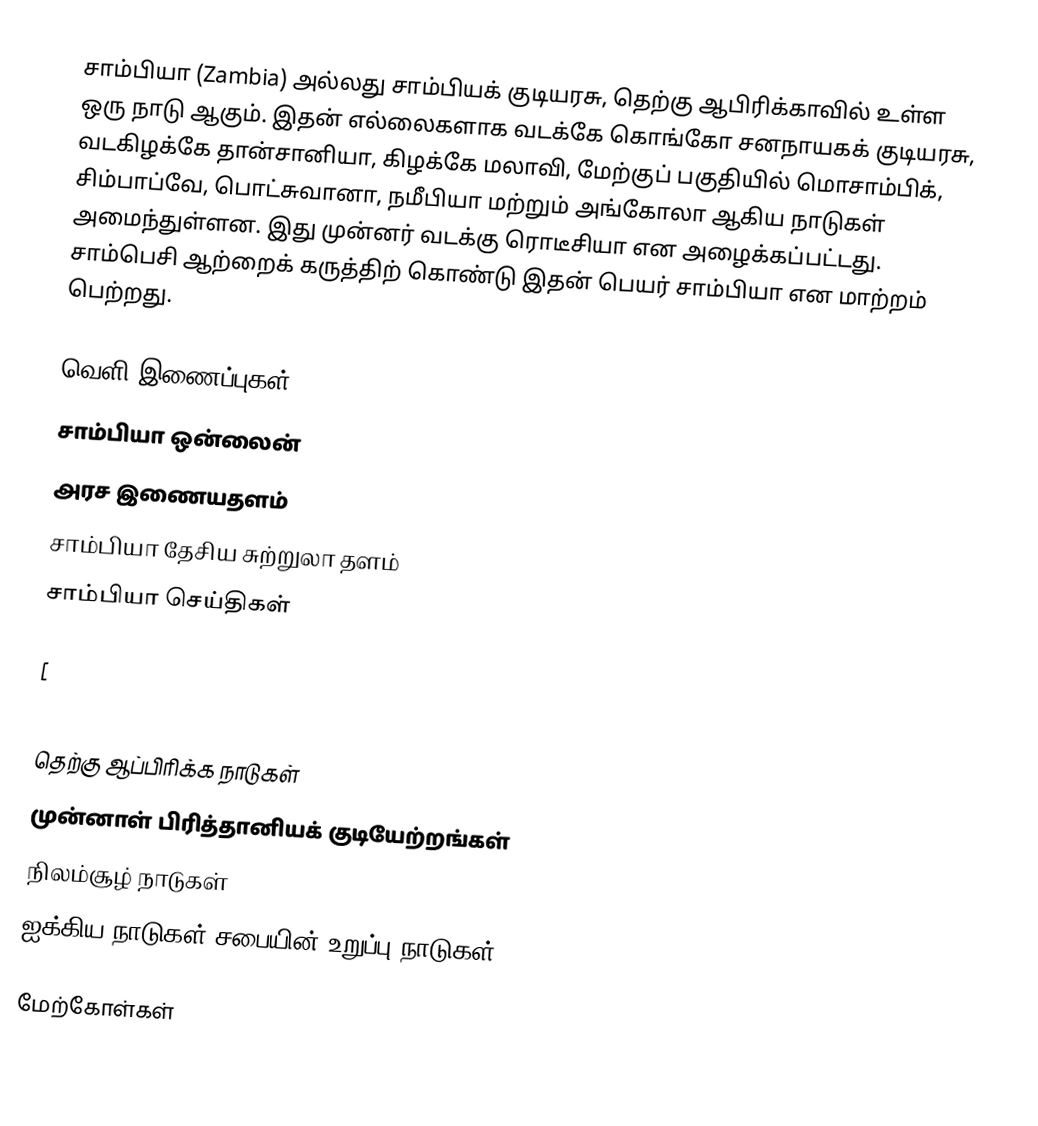
சாம்பியா (Zambia) அல்லது சாம்பியக் குடியரசு, தெற்கு ஆபிரிக்காவில் உள்ள ஒரு நாடு ஆகும். இதன் எல்லைகளாக வடக்கே கொங்கோ சனநாயகக் குடியரசு, வடகிழக்கே தான்சானியா, கிழக்கே மலாவி, மேற்குப் பகுதியில் மொசாம்பிக், சிம்பாப்வே, பொட்சுவானா, நமீபியா மற்றும் அங்கோலா ஆகிய நாடுகள் அமைந்துள்ளன. இது முன்னர் வடக்கு ரொடீசியா என அழைக்கப்பட்டது. சாம்பெசி ஆற்றைக் கருத்திற் கொண்டு இதன் பெயர் சாம்பியா என மாற்றம் பெற்றது.

வெளி இணைப்புகள்
 சாம்பியா ஒன்லைன்
 அரச இணையதளம்
 சாம்பியா தேசிய சுற்றுலா தளம்
 சாம்பியா செய்திகள்

[

தெற்கு ஆப்பிரிக்க நாடுகள்
முன்னாள் பிரித்தானியக் குடியேற்றங்கள்
நிலம்சூழ் நாடுகள்
ஐக்கிய நாடுகள் சபையின் உறுப்பு நாடுகள்

மேற்கோள்கள்